Civil Veterinary Dept. North-West Frontier Province 1901-22 - 1901-1922
Year: 1901
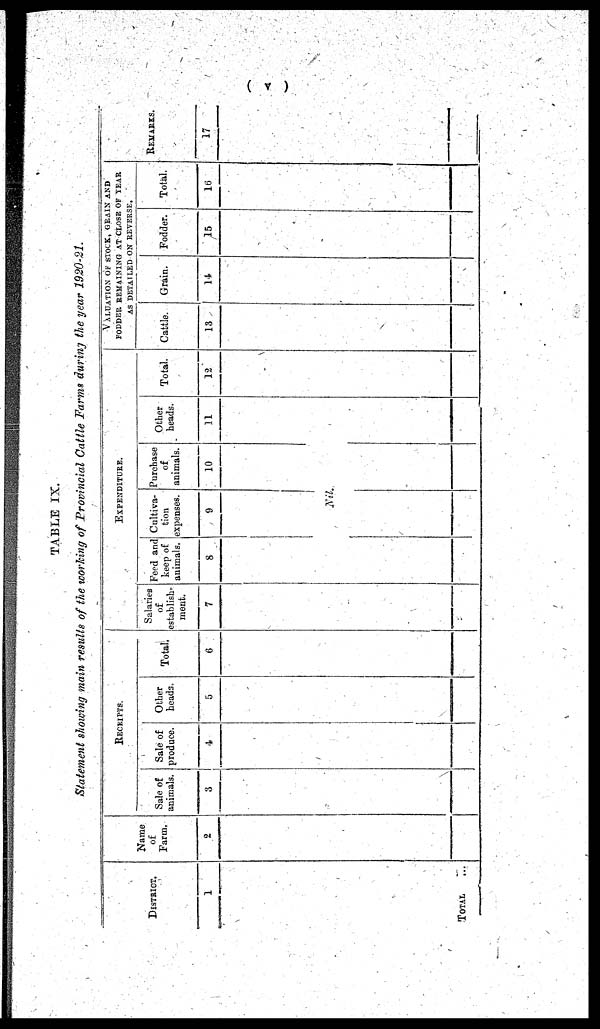
(v)
TABLE IX.
Statement showing main results of the working of Provincial Cattle Farms during the year 1920-21.
DISTRICT
1
TOTAL ...
Name
of
Farm.
2
RECEIPTS.
Sale of
animals.
3
Sale of
produce.
4
Other
heads.
5
Total.
6
EXPENDITURE.
Salaries
of
establish-
ment.
7
Feed and
keep of
animals.
8
Cultiva-
tion
expenses.
9
Nil.
Purchase
of
animals.
10
Other
heads.
11
Total.
12
VALUATION OF STOCK, GRAIN AND
FODDER REMAINING AT CLOSE OF YEAR
AS DETAILED ON REVERSE.
Cattle.
13
Grain.
14
Fodder.
15
Total.
16
REMARKS.
17